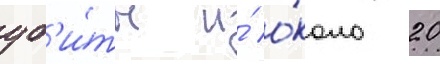
уб'и́ты и́ о́коло 20